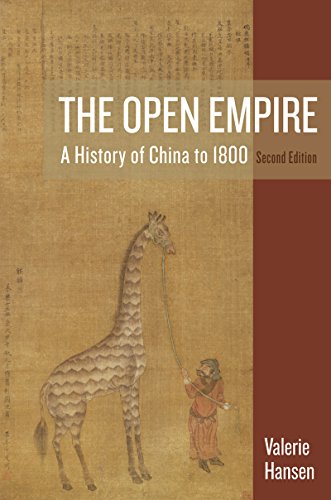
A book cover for The Open Empire: A History of China to 1800 (Second Edition); Valerie Hansen; History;